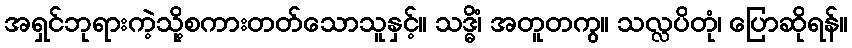
အရှင်ဘုရားကဲ့သို့စကားတတ်သောသူနှင့်။ သဒ္ဓိံ၊ အတူတကွ။ သလ္လပိတုံ၊ ပြောဆိုရန်။